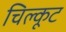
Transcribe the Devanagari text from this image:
चिल्कूट